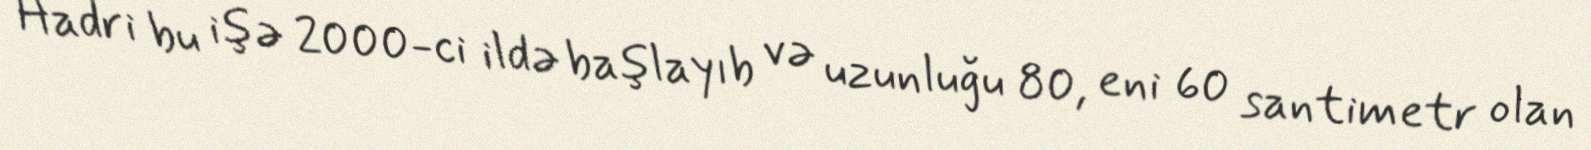
Hadri bu işə 2000-ci ildə başlayıb və uzunluğu 80, eni 60 santimetr olan